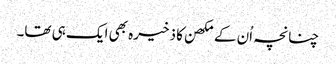
چنانچہ اُن کے مکھن کا ذخیرہ بھی ایک ہی تھا۔